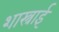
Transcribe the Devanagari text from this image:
शास्त्राई